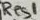
Text: Res1